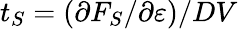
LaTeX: t_{S}=(\partial F_{S}/\partial\varepsilon)/DV